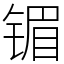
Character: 镅